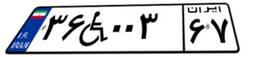
۳۶W۰۰۳۶۷